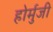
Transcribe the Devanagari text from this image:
होर्मुजी